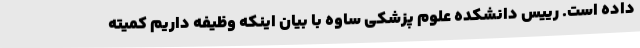
داده است. رییس دانشکده علوم پزشکی ساوه با بیان اینکه وظیفه داریم کمیته